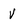
Character: V